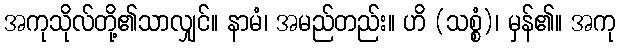
အကုသိုလ်တို့၏သာလျှင်။ နာမံ၊ အမည်တည်း။ ဟိ (သစ္စံ)၊ မှန်၏။ အကု